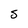
Character: S